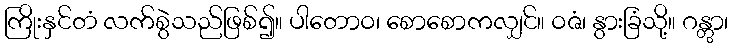
ကြိုးနှင်တံ လက်စွဲသည်ဖြစ်၍။ ပါတောဝ၊ စောစောကလျှင်။ ဝဇံ၊ နွားခြံသို့။ ဂန္တွာ၊